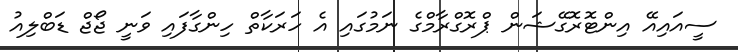
ސީއައިއޭ އިންޓޮރޮގޭޝަން ޕްރޮގްރާމްގެ ނަމުގައި އެ ހަރަކާތް ހިންގާފައި ވަނީ ޖޯޖް ޑަބްލިއު